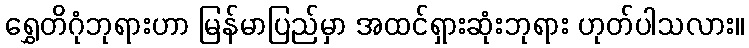
ရွှေတိဂုံဘုရားဟာ မြန်မာပြည်မှာ အထင်ရှားဆုံးဘုရား ဟုတ်ပါသလား။